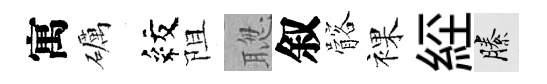
寓礪紋阻聦叙髂裸𦀇縢